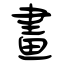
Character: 畫